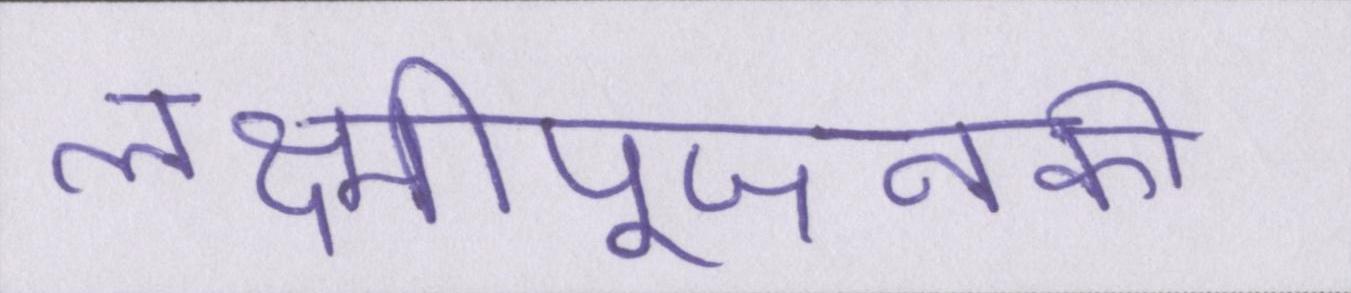
लक्ष्मीपूजनकी